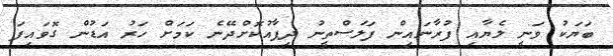
ބަޔަކު ވަނީ ލެޔާއި ފުރާނައިން ފަލަސްތީނު ދިފާއުކޮށްދޭނެ ކަމަށް ހަރު އަޑުން ގޮވައިފަ